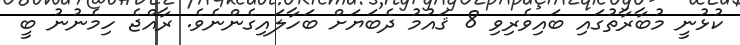
ކުޅުނީ މުބާރާތުގައި ބައިވެރިވި 8 ޤައުމު ދެބަޔަށް ބަހާލައިގެންނެވެ. ރާއްޖެ ހިމެނުނު ބީ